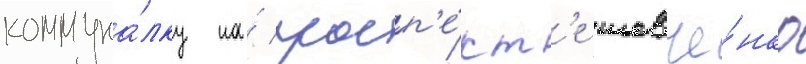
коммуна́лку на́ просп'е́кт'е шевче́нко